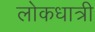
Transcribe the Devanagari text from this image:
लोकधात्री